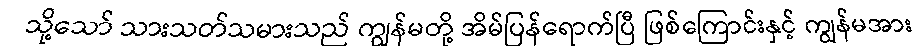
သို့သော် သားသတ်သမားသည် ကျွန်မတို့ အိမ်ပြန်ရောက်ပြီ ဖြစ်ကြောင်းနှင့် ကျွန်မအား